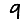
Digit: 9